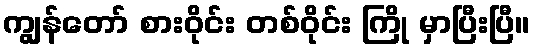
ကျွန်တော် စားဝိုင်း တစ်ဝိုင်း ကြို မှာပြီးပြီ။